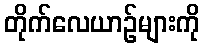
တိုက်လေယာဉ်များကို